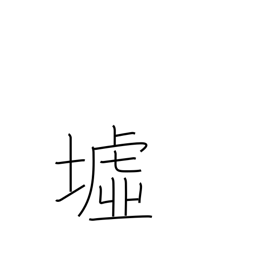
Meaning: ruins